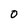
Character: O